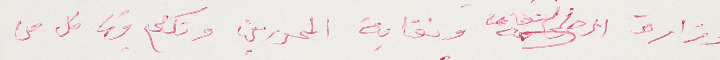
وزارة الثقافة ونقابة المحررين وتكلم فيها كل من